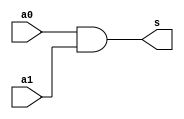
module and_1_bit (
    input wire a0,
    input wire a1,
    output wire s
);

assign s = a0 & a1;
    
endmodule